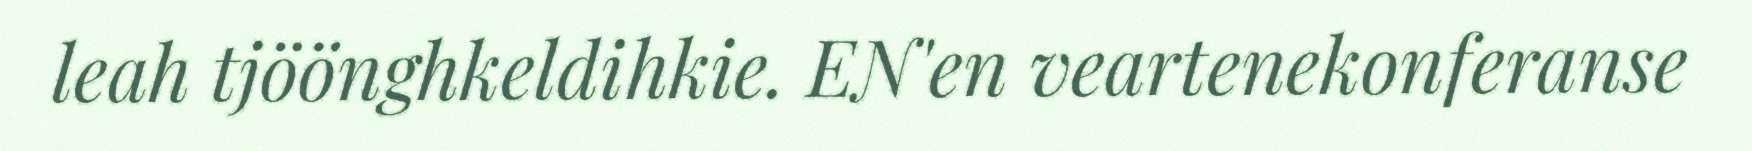
leah tjöönghkeldihkie. EN'en veartenekonferanse